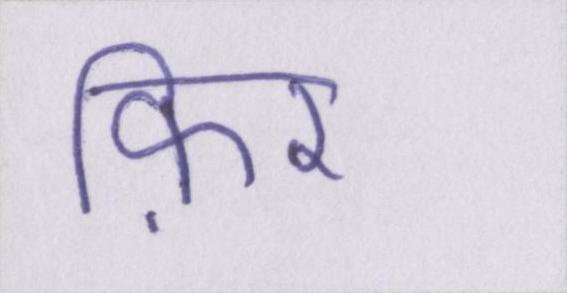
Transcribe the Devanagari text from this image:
फ़िर